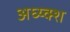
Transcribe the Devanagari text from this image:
अध्य्क्श